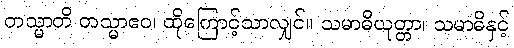
တသ္မာတိ တသ္မာဧဝ၊ ထိုကြောင့်သာလျှင်။ သမာဓိယုတ္တာ၊ သမာဓိနှင့်